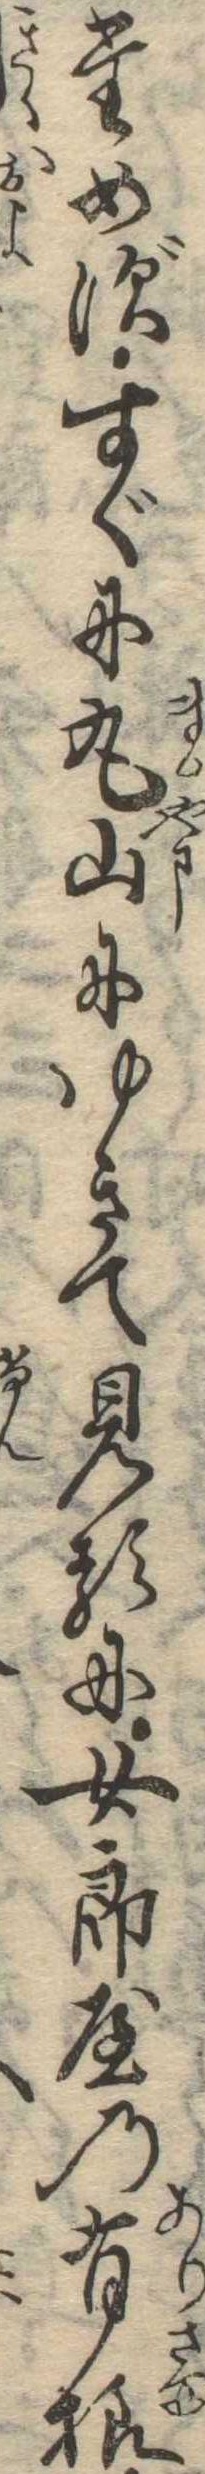
ためずすぐに丸山にゆきて見るに女郎屋の有様